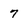
Character: 7